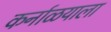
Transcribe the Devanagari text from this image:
कर्नाळयाला